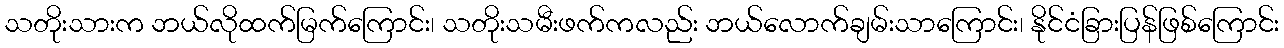
သတိုးသားက ဘယ်လိုထက်မြက်ကြောင်း၊ သတိုးသမီးဖက်ကလည်း ဘယ်လောက်ချမ်းသာကြောင်း၊ နိုင်ငံခြားပြန်ဖြစ်ကြောင်း